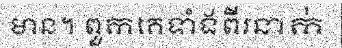
មាន។ ពួកគេទាំងពីរនាក់